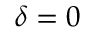
\delta = 0